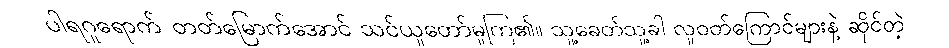
ပါရဂူရောက် တတ်မြောက်အောင် သင်ယူတော်မူကြ၏။ သူ့ခေတ်သူ့ခါ လူဝတ်ကြောင်များနဲ့ ဆိုင်တဲ့